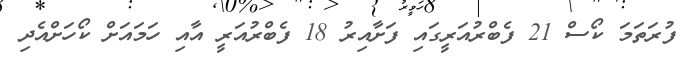
ފުރަތަމަ ކޯސް 21 ފެބްރުއަރީގައި ފަށާއިރު 18 ފެބްރުއަރީ އާއި ހަމައަށް ކޯހަށްއެދި